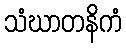
သံဃာတနိကံ